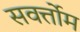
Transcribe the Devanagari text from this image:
सवर्त्तोम